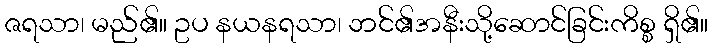
ဇရသာ၊ မည်၏။ ဥပ နယနရသာ၊ ဘင်၏အနီးသို့ဆောင်ခြင်းကိစ္စ ရှိ၏။